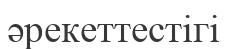
әрекеттестігі